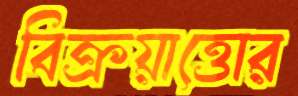
বিক্রয়াত্তোর